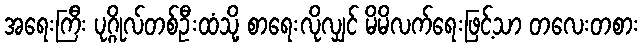
အရေးကြီး ပုဂ္ဂိုလ်တစ်ဦးထံသို့ စာရေးလိုလျှင် မိမိလက်ရေးဖြင့်သာ တလေးတစား